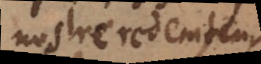
nostre redemteur,